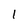
Character: 1